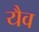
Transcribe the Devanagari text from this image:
यैव